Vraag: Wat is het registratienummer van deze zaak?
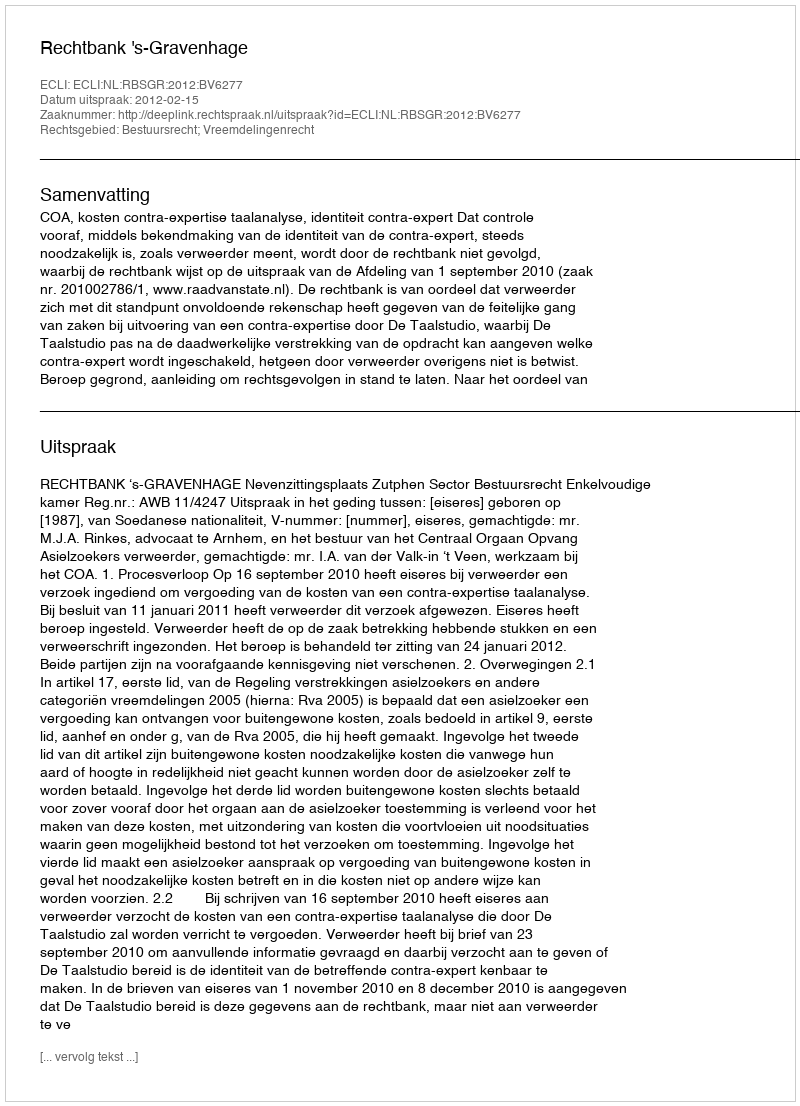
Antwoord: http://deeplink.rechtspraak.nl/uitspraak?id=ECLI:NL:RBSGR:2012:BV6277